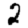
Digit: 2